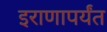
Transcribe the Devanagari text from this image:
इराणापर्यंत